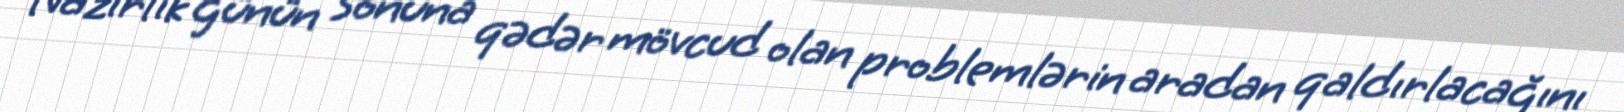
Nazirlik günün sonuna qədər mövcud olan problemlərin aradan qaldırlacağını